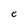
Character: e